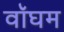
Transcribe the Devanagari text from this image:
वॉघम